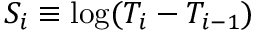
S _ { i } \equiv \log ( T _ { i } - T _ { i - 1 } )